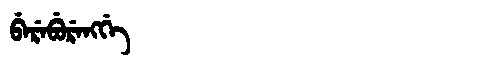
Manchu: ᠪᡝᡵᡝᠪᡠᡵᡝᠩᡤᡝ
Romanization: BEREBURENGGE